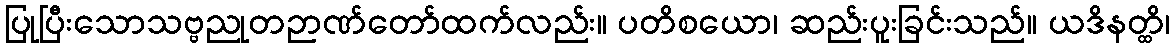
ပြုပြီးသောသဗ္ဗညုတဉာဏ်တော်ထက်လည်း။ ပတိစယော၊ ဆည်းပူးခြင်းသည်။ ယဒိနတ္ထိ၊